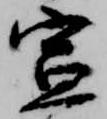
宣